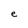
Character: e